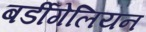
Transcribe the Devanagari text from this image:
बर्डीगेलियन